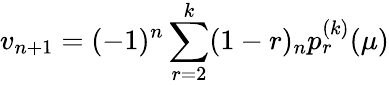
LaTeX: v_{n+1}=(-1)^{n}\sum_{r=2}^{k}(1-r)_{n}p_{r}^{(k)}(\mu)